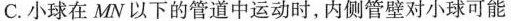
C.小球在MN以下的管道中运动时，内侧管壁对小球可能